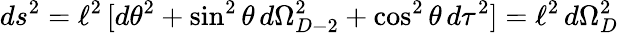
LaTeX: ds^{2}=\ell^{2}\, [d\theta^{2}+\sin^{2}\theta\, d\Omega_{D-2}^{2}+\cos^{2}\theta\, d\tau^{2}]=\ell^{2}\, d\Omega_{D}^{2}